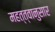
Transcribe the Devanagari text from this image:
महत्त्वानुसार